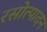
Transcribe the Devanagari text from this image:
रसोत्पादन